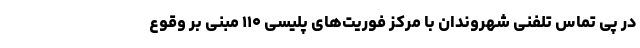
در پی تماس تلفنی شهروندان با مرکز فوریت‌های پلیسی ۱۱۰ مبنی بر وقوع